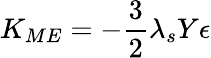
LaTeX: K_{ME}=-\frac{3}{2}\lambda_{s}Y\epsilon